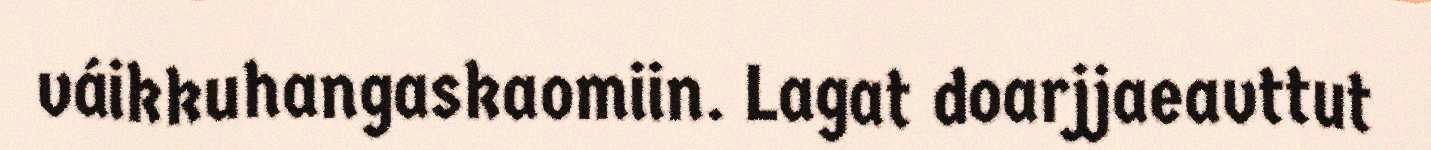
váikkuhangaskaomiin. Lagat doarjjaeavttut